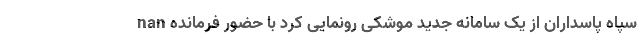
nan سپاه پاسداران از یک سامانه جدید موشکی رونمایی کرد با حضور فرمانده